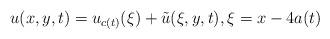
LaTeX: \begin{align*}u(x,y,t) = u_{c(t)}(\xi) + \tilde{u}(\xi,y,t), \xi = x - 4 a(t)\end{align*}